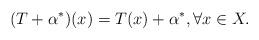
LaTeX: \begin{align*}(T+\alpha^*)(x)=T(x)+\alpha^*,\forall x\in X.\end{align*}